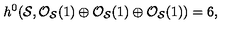
h ^ { 0 } ( { \cal S } , { \cal O } _ { { \cal S } } ( 1 ) \oplus { \cal O } _ { { \cal S } } ( 1 ) \oplus { \cal O } _ { { \cal S } } ( 1 ) ) = 6 ,